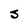
Character: S